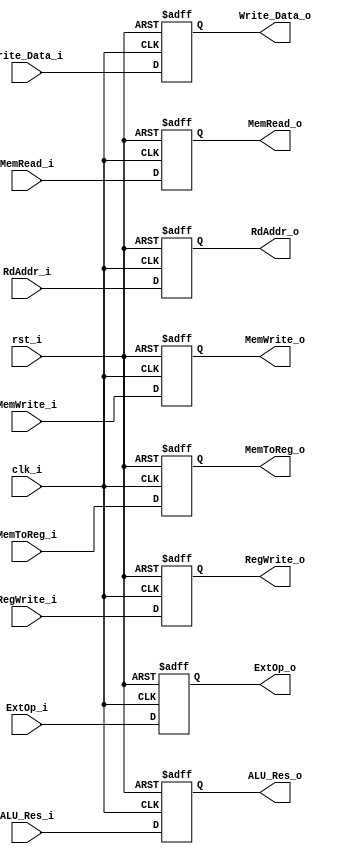
module EX_MEM
(
    // Inputs
    input clk_i,
    input rst_i,
    
    // Pipe in/out
    input      [31:0] ALU_Res_i,
    output reg [31:0] ALU_Res_o,
    input      [31:0] Write_Data_i,
    output reg [31:0] Write_Data_o,
    input      [4:0]  RdAddr_i,
    output reg [4:0]  RdAddr_o,

    // Control Outputs
    input            MemToReg_i,
    input            RegWrite_i,
    input            MemWrite_i,
    input            MemRead_i,
    input            ExtOp_i,
    output reg       MemToReg_o,
    output reg       RegWrite_o,
    output reg       MemWrite_o,
    output reg       MemRead_o,
    output reg       ExtOp_o
);

always @(posedge clk_i or negedge rst_i) begin
    if( !rst_i ) begin
        ALU_Res_o <= 0;
        Write_Data_o <= 0;
        RdAddr_o <= 0;
        MemToReg_o <= 0;
        RegWrite_o <= 0;
        MemWrite_o <= 0;
        MemRead_o <= 0;
        ExtOp_o <= 0;
    end
    else begin
        ALU_Res_o <= ALU_Res_i;
        Write_Data_o <= Write_Data_i;
        RdAddr_o <= RdAddr_i;
        MemToReg_o <= MemToReg_i;
        RegWrite_o <= RegWrite_i;
        MemWrite_o <= MemWrite_i;
        MemRead_o <= MemRead_i;
        ExtOp_o <= ExtOp_i;
    end
end

endmodule